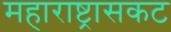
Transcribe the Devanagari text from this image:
महाराष्ट्रासकट